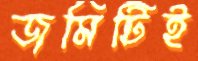
জমিটিই